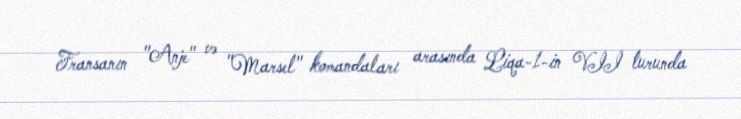
Fransanın "Anje" və "Marsel" komandaları arasında Liqa-1-in VII turunda